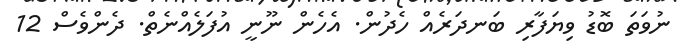
ނުވަތަ ބޮޑު ވިޔަފާރި ބަނދަރެއް ހެދުން. އެހެން ނޫނީ އުފަލެއްނެތް. ދެންވެސް 12